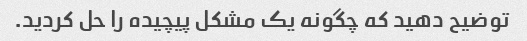
توضیح دهید که چگونه یک مشکل پیچیده را حل کردید.